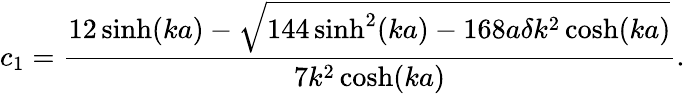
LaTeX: c_{1}=\frac{12\sinh(ka)-\sqrt{144\sinh^{2}(ka)-168a\delta k^{2}\cosh(ka)}}{7k^{2}\cosh(ka)}.